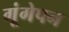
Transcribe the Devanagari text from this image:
गूंगेपन